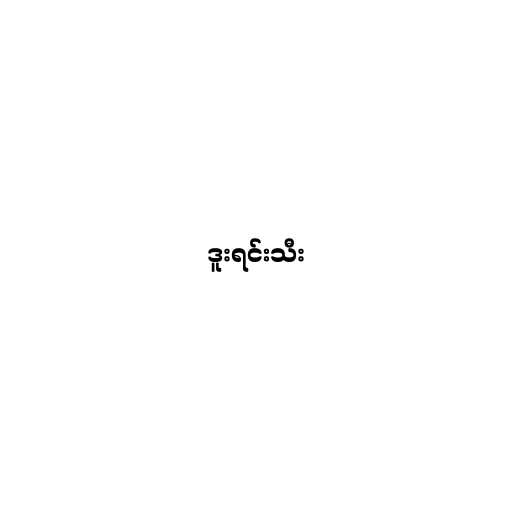
ဒူးရင်းသီး